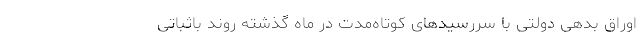
اوراق بدهی دولتی با سررسید‌های کوتاه‌مدت در ماه گذشته روند باثباتی